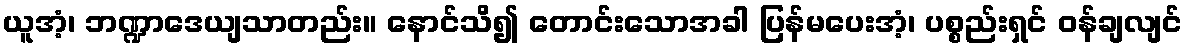
ယူအံ့၊ ဘဏ္ဍာဒေယျသာတည်း။ နောင်သိ၍ တောင်းသောအခါ ပြန်မပေးအံ့၊ ပစ္စည်းရှင် ဝန်ချလျင်